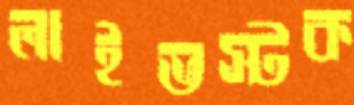
লাইভস্টক